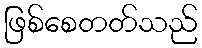
ဖြစ်စေတတ်သည်